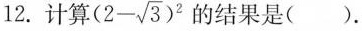
12. 计算$$(2- \sqrt{3})^{2}$$ 的结果是（）.